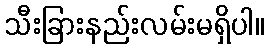
သီးခြားနည်းလမ်းမရှိပါ။